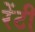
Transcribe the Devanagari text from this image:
रेंटी